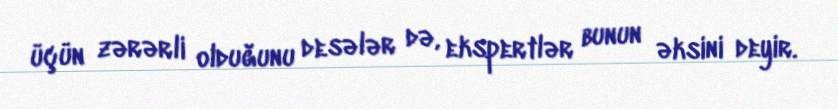
üçün zərərli olduğunu desələr də, ekspertlər bunun əksini deyir.